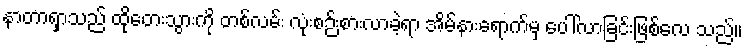
နာတာရှာသည် ထိုတေးသွားကို တစ်လမ်း လုံးစဉ်းစားလာခဲ့ရာ အိမ်နားရောက်မှ ပေါ်လာခြင်းဖြစ်လေ သည်။